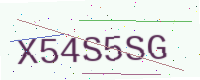
Text: X54S5SG